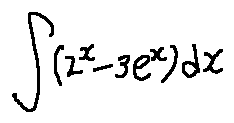
\int ( 2 ^ { x } - 3 e ^ { x } ) d x